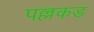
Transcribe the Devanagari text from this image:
पल्लकड